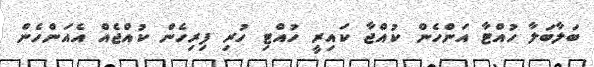
ބަލާބަލާ ހުއްޓާ އަންހެން ކުއްޖާ ކައިރީ ހުއްޓި ހުރި ފިރިހެން ކުއްޖެއް އެއަންހެން